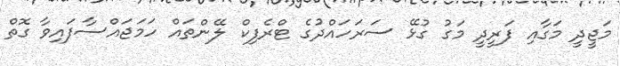
މަޖީދީ މަގާއި ފަރީދީ މަގު ގުޅޭ ސަރަހައްދުގެ ޓްރެފިކް ލޭންތައް ހަމަޖައްސާފައިވާ ގޮތް